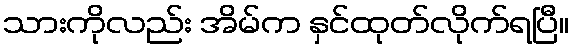
သားကိုလည်း အိမ်က နှင်ထုတ်လိုက်ရပြီ။